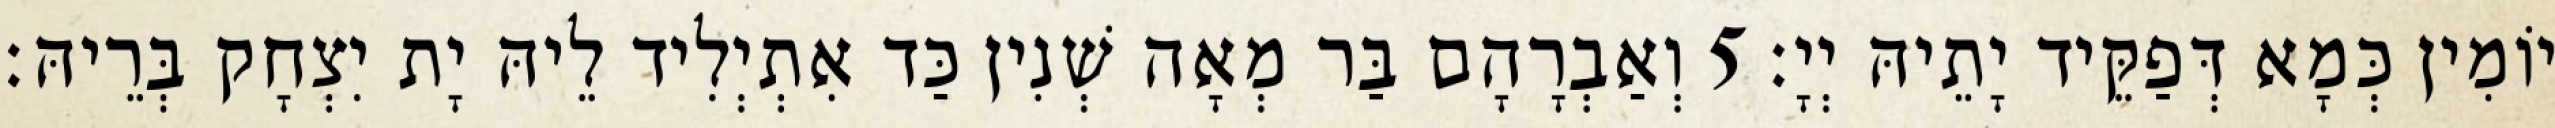
יוֹמִין כְּמָא דְּפַקֵּיד יָתֵיהּ יְיָ׃ 5 וְאַבְרָהָם בַּר מְאָה שְׁנִין כַּד אִתְיְלִיד לֵיהּ יָת יִצְחָק בְּרֵיהּ׃